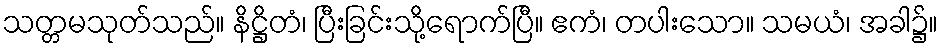
သတ္တမသုတ်သည်။ နိဋ္ဌိတံ၊ ပြီးခြင်းသို့ရောက်ပြီ။ ဧကံ၊ တပါးသော။ သမယံ၊ အခါ၌။